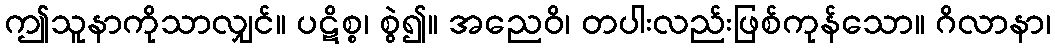
ဤသူနာကိုသာလျှင်။ ပဋိစ္စ၊ စွဲ၍။ အညေဝိ၊ တပါးလည်းဖြစ်ကုန်သော။ ဂိလာနာ၊